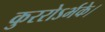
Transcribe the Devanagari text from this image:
कुररोऽर्भके।